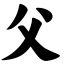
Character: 父